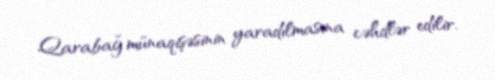
Qarabağ münaqişəsinin yaradılmasına cəhdlər edilir.